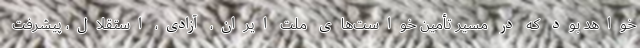
خواهد بود که در مسیر تأمین خواست‌های ملت ایران، آزادی، استقلال، پیشرفت